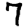
Digit: 7